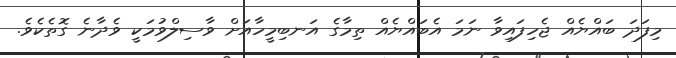
މިފަދަ ބައްޔެއް ޖެހިފައިވާ ނަމަ އެބައްޔެއް ތިމާގެ އަނބިމީހާއަށް ވާސިލްވުމަކީ ވެދާނެ ގޮތެކެވެ.